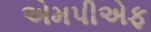
એમપીએફ